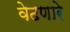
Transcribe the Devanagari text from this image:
वेढणारे